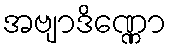
အဗျာဒိဏ္ဏော